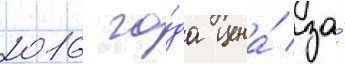
2016 го́да цена́ за́